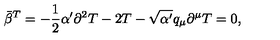
\bar { \beta } ^ { T } = - \frac { 1 } { 2 } \alpha ^ { \prime } \partial ^ { 2 } T - 2 T - \sqrt { \alpha ^ { \prime } } q _ { \mu } \partial ^ { \mu } T = 0 ,